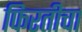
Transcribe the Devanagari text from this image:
फिरतीचा